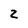
Character: 2